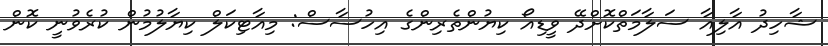
ޝާހިދު އާލިއާ ސަލާމަތްކޮށްދޭ ވީޑިއޯ ކިޔުންތެރިންގެ އިހުސާސް: މިއާޓިކަލް ކިޔާލުމުން ކުރެވުނީ ކޮން